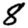
Digit: 8